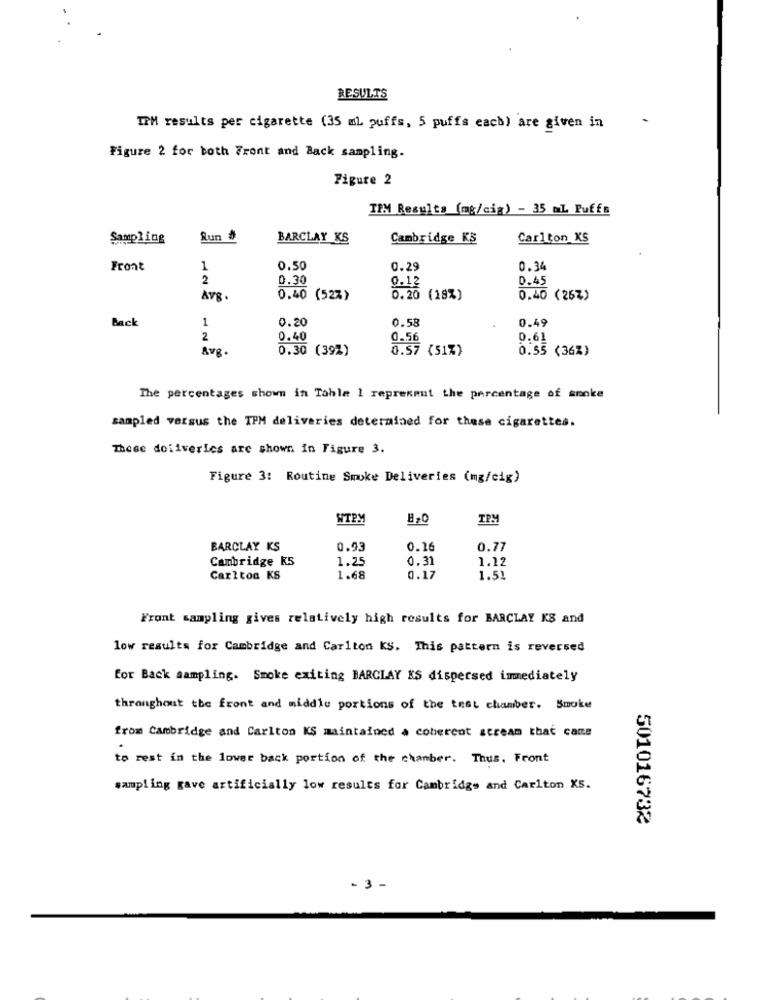
RESULTS
TPM results per cigarette (35 ml puffs, 5 puffs each) are given in
Figure 2 for both Front and Back sampling.
Figure 2
TPM Results (mg/cig) - 35 ml Puffs
Sampling
Run #
BARCLAY KS
Cambridge KS
Carlton XS
Front
1
0.50
0.29
0.34
2
0.30
0.45
0.12
Avg.
0.40 (52%)
0.20 (18%)
0.40 (26%)
Back
1
0.20
0.58
0.49
2
0.40
0.56
0.61
Avg .
0.30 (392)
0.57 (51%)
0.55 (36%)
The percentages shown in Tahle 1 represent the percentage of smoke
sampled versus the IPM deliveries determined for these cigarettes.
These deliveries are shown in Figure 3.
Figure 3: Routine Smoke Deliveries (mg/cig)
WTPM
TPM
BARCLAY KS
0.93
0.26
0.77
Cambridge K5
1.25
0.31
1.12
Carlton KS
1.68
0.17
1.51
Front sampling gives relatively high results for BARCLAY KS and
low results for Cambridge and Carlton ks. This pattern is reversed
for Back sampling. Smoke exiting BARCLAY KS dispersed immediately
throughout the front and middle portions of the test chamber. Smoke
from Cambridge and Carlton KS maintained a coberent scream that came
to rest in the lower back portion of the chamber. Thus, Front
sampling gave artificially low results for Cambridge and Carlton XS.
501016732
- 3 -